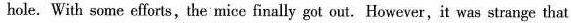
hole. With some efforts,the mice finally got out. However,it was strange the